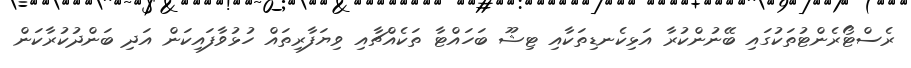
ރެސްޓޯރެންޓުތަކުގައި ބޭނުންކުރާ އަޅިކެނޑިތަކާއި ޓިޝޫ ބަހައްޓާ ތަކެއްޗާއި ވިޔަފާރިތައް ހުޅުވާފައިކަން އަދި ބަންދުކުރާކަން